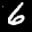
Label: 6